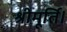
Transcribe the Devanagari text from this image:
श्रीमूर्ति।